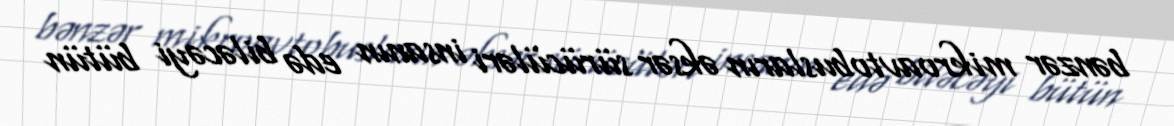
bənzər mikroavtobusların əksər sürücüləri insanın edə biləcəyi bütün